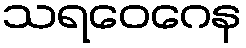
သရဝေဂေန